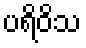
ပရိဝိသ